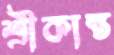
শ্রীকান্ত